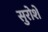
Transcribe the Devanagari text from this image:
सुरोशे